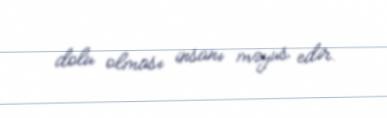
dolu olması insanı məyus edir.